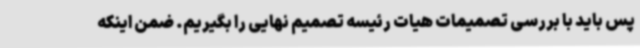
پس باید با بررسی تصمیمات هیات رئیسه تصمیم نهایی را بگیریم. ضمن اینکه